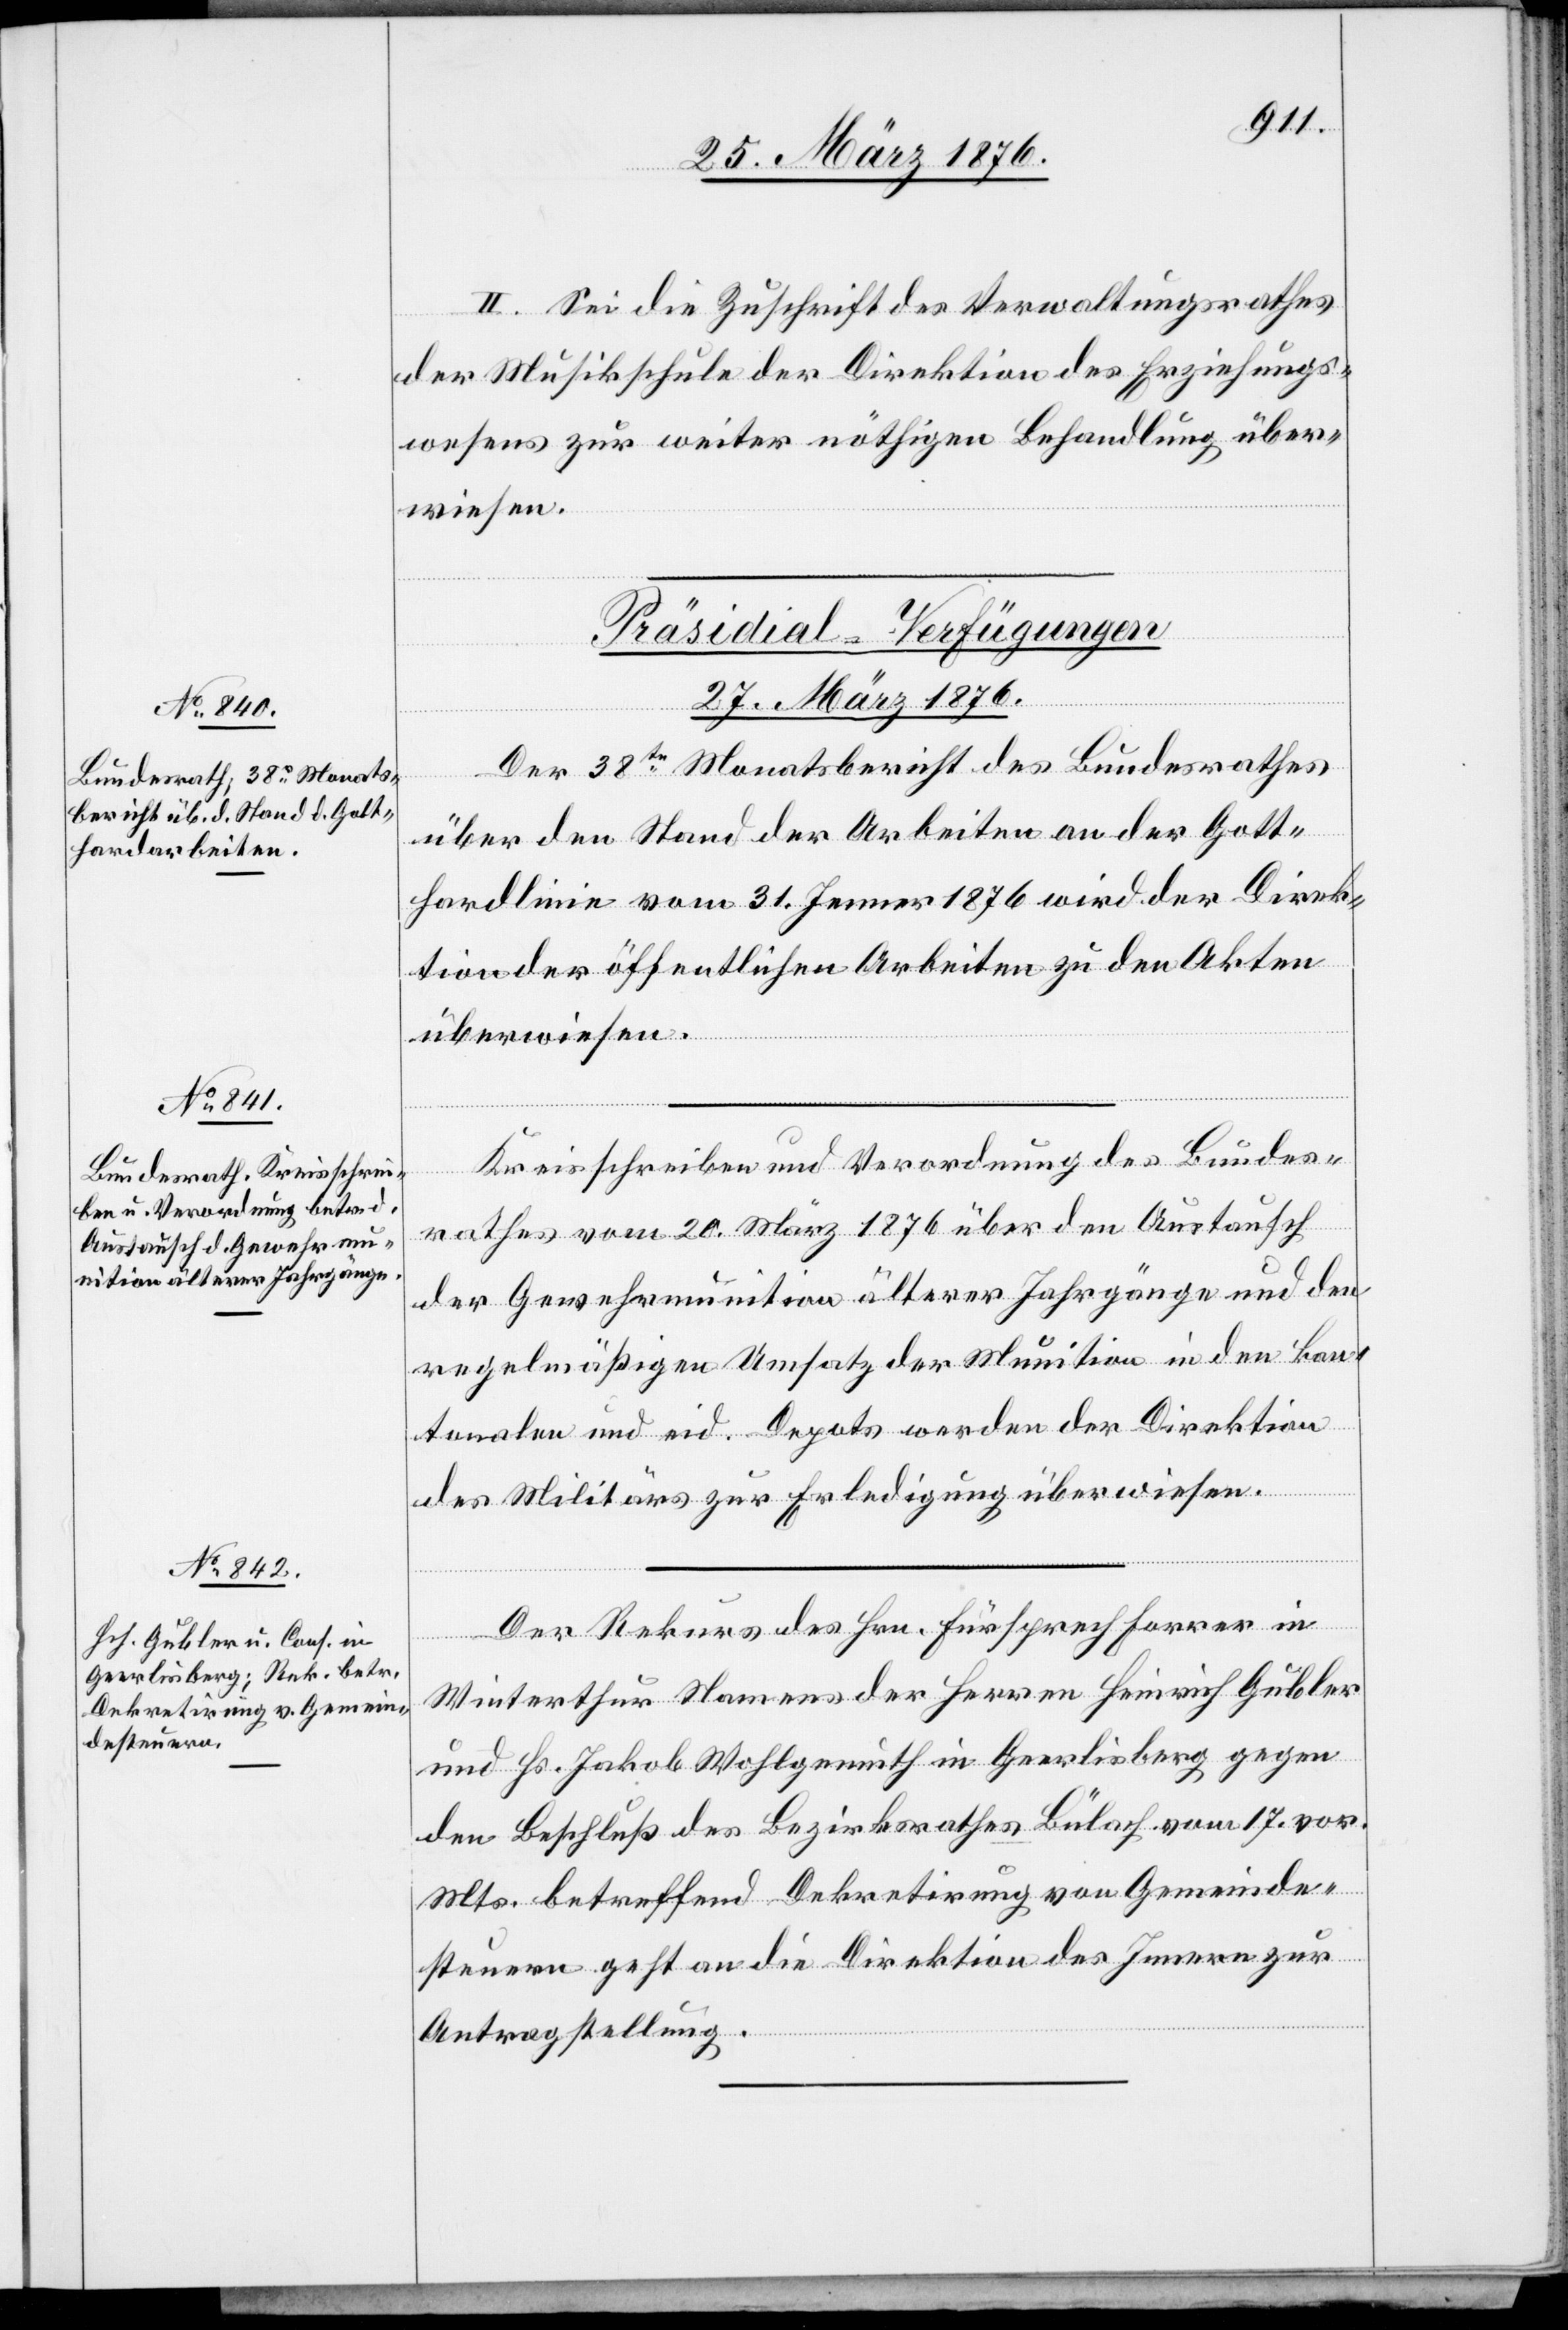
II. Sei die Zuschrift des Verwaltungsrathes
der Musikschulde der Direktion des Erziehungs¬
wesens zur weiter nöthigen Behandlung über¬
wiesen.
[Präsidial-Verfügungen
27. März 1876.]
Der 38te Monatsbericht des Bundesrathes
über den Stand der Arbeiten an der Gott¬
hardlinie vom 31. Jenner 1876 wird der Direk¬
tion der öffentlichen Arbeiten zu den Akten
überwiesen.
Kreisschreiben und Verordnung des Bundes¬
rathes vom 20. März 1876 über den Austausch
der Gewehrmunition älterer Jahrgänge und den
regelmäßigen Umsatz der Munition in den kan¬
tonalen und eid. Depots werden der Direktion
des Militärs zur Erledigung überwiesen.
Der Rekurs des Hrn. Fürsprech Forrer in
Winterthur Namens der Herren Heinrich Gubler
und Hs. Jakob Wohlgemuth in Geerlisberg gegen
den Beschluß des Bezirksrathes Bülach vom 17. vor.
Mts. betreffend Dekretirung von Gemeinde¬
steuern geht an die Direktion des Innern zur
Antragstellung.